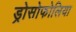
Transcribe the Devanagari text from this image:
ड्रोसोफोलिया